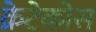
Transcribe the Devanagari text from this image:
क्रेटेकोस